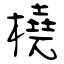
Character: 橈